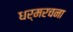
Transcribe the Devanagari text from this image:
धर्मरचना